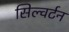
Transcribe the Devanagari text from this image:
सिल्वर्टन